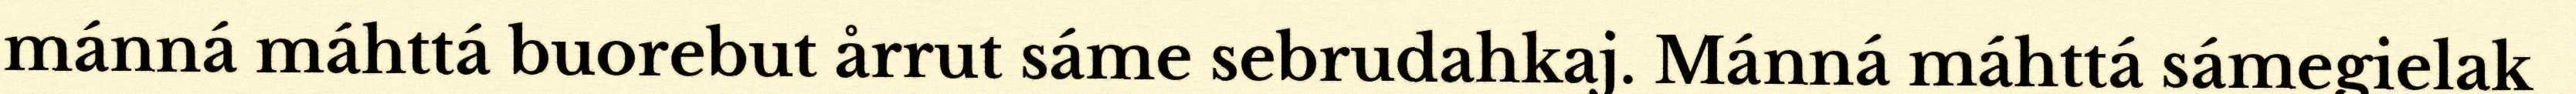
mánná máhttá buorebut årrut sáme sebrudahkaj. Mánná máhttá sámegielak